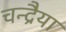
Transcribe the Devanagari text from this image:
चन्द्रैया